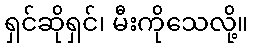
ရှင်ဆိုရှင်၊ မီးကိုသေလို့။